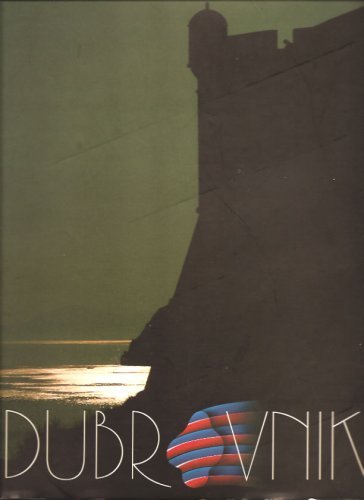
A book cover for Dubrovnik, Croatia; Slobodan Prosperov Novak; Travel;